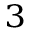
{ } _ { 3 }